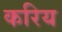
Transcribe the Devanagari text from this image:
करिय